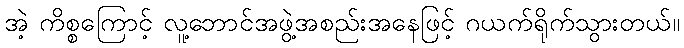
အဲ့ ကိစ္စကြောင့် လူ့ဘောင်အဖွဲ့အစည်းအနေဖြင့် ဂယက်ရိုက်သွားတယ်။